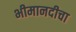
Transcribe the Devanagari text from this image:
भीमानदीचा